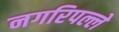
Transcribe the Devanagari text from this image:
नगरिपल्ले